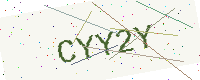
Text: CYY2Y